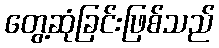
တွေ့ဆုံခြင်းဖြစ်သည်